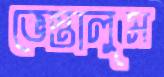
ভেস্তালুম